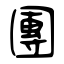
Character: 團